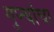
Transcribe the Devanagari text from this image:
गुप्त्यांचा